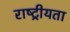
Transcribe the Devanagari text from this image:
राष्‍ट्रीयता